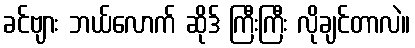
ခင်ဗျား ဘယ်လောက် ဆိုဒ် ကြီးကြီး လိုချင်တာလဲ။